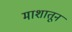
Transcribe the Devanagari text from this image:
माशातून